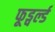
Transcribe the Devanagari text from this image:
फूड्वर्ल्ड